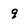
Character: 9